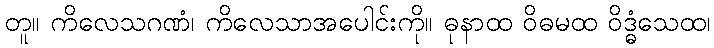
တူ။ ကိလေသဂဏံ၊ ကိလေသာအပေါင်းကို။ ဓုနာထ ဝိဓမထ ဝိဒ္ဓံသေထ၊